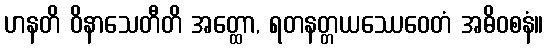
ဟနတိ ဝိနာသေတီတိ အတ္ထော, ရတနတ္တယဿေဝေတံ အဓိဝစနံ။